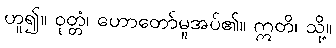
ဟူ၍။ ဝုတ္တံ၊ ဟောတော်မူအပ်၏။ ဣတိ၊ သို့။